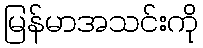
မြန်မာအသင်းကို